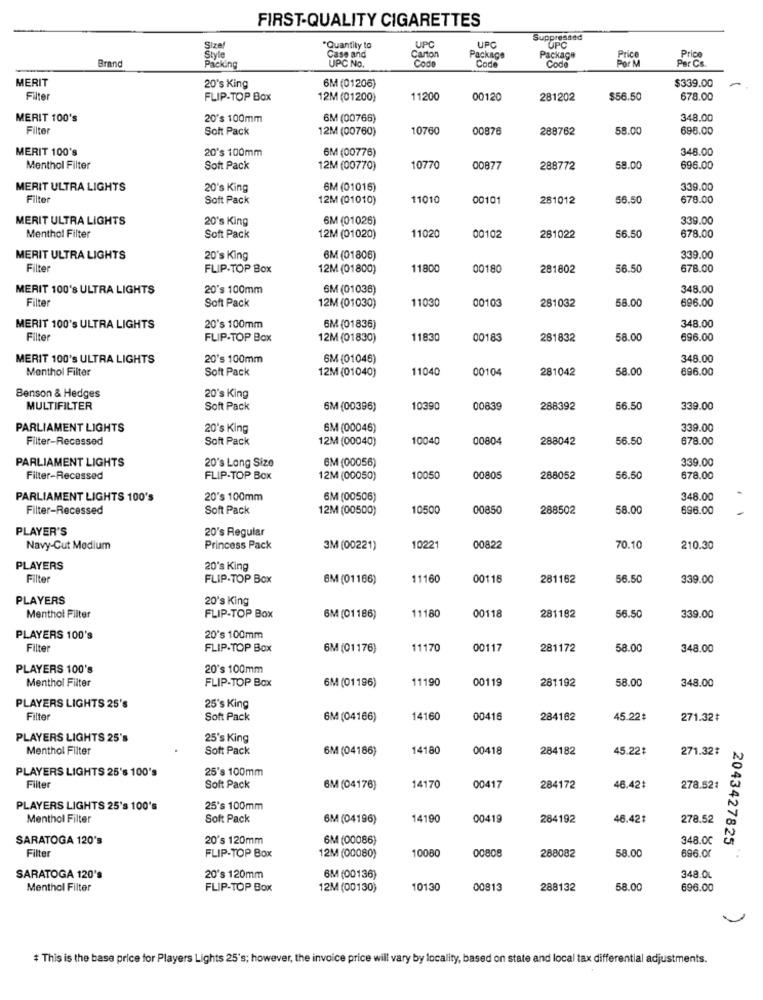
FIRST-QUALITY CIGARETTES
Suppressed
Sizel
*Quantity to
Case and
Carton
UPC
UPC
UPC
Price
Brand
Style
Codo
Package
Code
Package
Code
Por M
Par Cs
Price
Packing
UPC No.
MERIT
$339.00
20's King
6M (01206)
Filter
FLIP-TOP Box
12M (01200)
11200
00120
281202
$56.50
678.00
MERIT 100's
20's 100mm
6M (00766)
348.00
Filter
Soft Pack
12M (00760)
10760
00876
288762
58.00
698.00
MERIT 100's
20's 100mm
6M (00776)
348.00
Menthol Filter
Soft Pack
12M (00770)
10770
00877
288772
58.00
696.00
MERIT ULTRA LIGHTS
20's King
6M (01016)
339.00
Filter
Soft Pack
12M (01010)
11010
00101
281012
56.50
678.00
MERIT ULTRA LIGHTS
20's King
6M (01026)
339.00
Menthol Filter
Soft Pack
12M (01020)
11020
00102
281022
56.50
678.00
MERIT ULTRA LIGHTS
20's King
6M (01806)
339.00
Filter
FLIP-TOP Box
12M (01800)
11800
00180
281802
56.50
678.00
MERIT 100's ULTRA LIGHTS
20's 100mm
SM (01038)
348.00
Filter
Soft Pack
12M (01030)
11030
00103
281032
58.00
696.00
MERIT 100's ULTRA LIGHTS
20's 100mm
6M (01836)
348.00
Filte
FLIP-TOP Box
12M (01830)
11830
00183
281832
58.00
696.00
MERIT 100's ULTRA LIGHTS
20's 100mm
6M (01046)
348.00
Menthol Filter
Soft Pack
12M (01040)
11040
00104
281042
58.00
696.00
Benson & Hedges
20's King
MULTIFILTER
Soft Pack
6M(00396)
10390
00839
288392
56.50
339.00
PARLIAMENT LIGHTS
20's King
SM (00046)
339.00
Filter-Recessed
Soft Pack
12M (00040)
10040
00804
288042
56.50
678.00
PARLIAMENT LIGHTS
20's Lang Size
6M (00056)
339.00
Filter-Recessed
FLIP-TOP Box
12M (00050)
10050
00805
288052
56.50
678.00
PARLIAMENT LIGHTS 100's
20's 100mm
6M (00506)
348.00
Filter-Recessed
Soft Pack
12M (00500)
10500
00850
288502
58.00
696.00
PLAYER'S
20's Regular
Navy-Cut Medium
Princess Pack
3M (00221)
10221
00822
70.10
210.30
PLAYERS
20's King
Filter
FLIP-TOP Box
6M (01166)
11160
00116
281162
56.50
339.00
PLAYERS
20's King
11180
00118
Menthol Filter
FLIP-TOP Box
6M (01186)
281182
56.50
339.00
PLAYERS 100's
20's 100mm
Filter
FLIP-TOP Box
6M (01176)
11170
00117
281172
58.00
348.00
PLAYERS 100's
20's 100mm
6M (01196)
11190
00119
281192
58.00
Menthol Filter
FLIP-TOP Box
348.00
PLAYERS LIGHTS 25's
25's King
Filter
Soft Pack
6M (04166)
14160
00416
284162
45.22#
271.32#
PLAYERS LIGHTS 25's
25's King
Menthol Filter
Soft Pack
6M (04186)
14180
00418
284182
45.22$
271.32៛
PLAYERS LIGHTS 25's 100's
25's 100mm
Filter
Soft Pack
6M (04176)
14170
00417
284172
46.42#
278.521
PLAYERS LIGHTS 25's 100's
25's 100mm
Menthol Filter
Soft Pack
6M (04196)
14190
00419
284192
46.421
278.52
SARATOGA 120's
20's 120mm
6M (00086)
348.00
2043427825
10080
00808
58.00
696.00
Filte
FLIP-TOP Box
12M (00080)
288082
SARATOGA 120's
20's 120mm
6M (00136)
348.0L
Menthol Filter
FLIP-TOP Box
12M (00130)
10130
00813
288132
58.00
696.00
# This is the base price for Players Lights 25's; however, the invoice price will vary by locality, based on state and local tax differential adjustments.